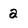
Character: a